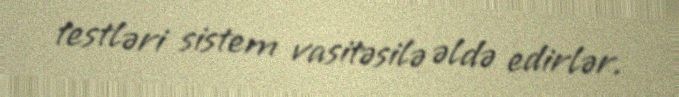
testləri sistem vasitəsilə əldə edirlər.